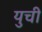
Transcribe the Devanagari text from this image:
युची